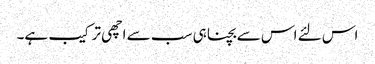
اس لئے اس سے بچنا ہی سب سے اچھی ترکیب ہے۔